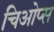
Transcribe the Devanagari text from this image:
चिओप्स